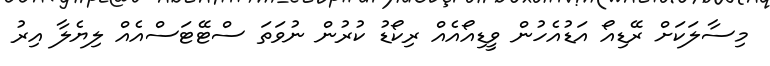
މިސާލަކަށް ރޭޑިއޯ އަޑުއެހުން ވީޑިއޯއެއް ރިކޯޑު ކުރުން ނުވަތަ ސްޓޭޓަސްއެއް ލިޔެލާ އިރު